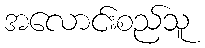
အလောင်းစည်သူ